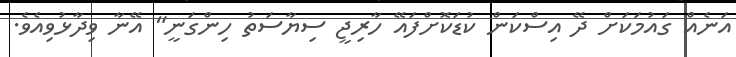
އަނެއް ގައުމަކަށް ދޭ އިސްކަން ކުޑަކޮށްފައޭ ހާރިޖީ ސިޔާސަތު ހިންގަނީ" އޭނާ ވިދާޅުވިއެވެ.